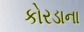
કોરડાના